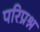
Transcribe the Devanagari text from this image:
परिप्रश्न